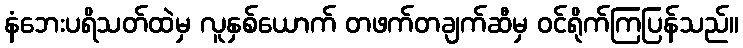
နံဘေးပရိသတ်ထဲမှ လူနှစ်ယောက် တဖက်တချက်ဆီမှ ဝင်ရိုက်ကြပြန်သည်။